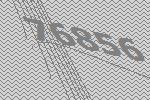
76856